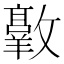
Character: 𫿠